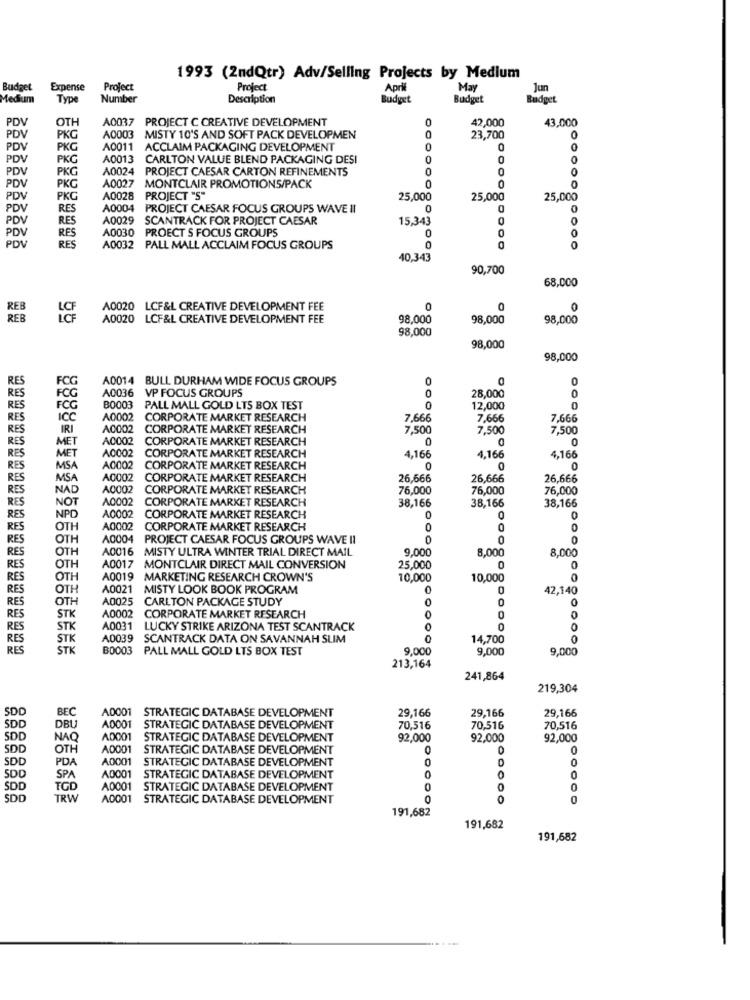
1993 (2ndQtr) Adv/Selling Projects by Medium
Budget
Expense
Project
Project
April
May
Jun
Medium
Type
Number
Description
Budget
Budget
Budget
PDV
OTH
A0037 PROJECT C CREATIVE DEVELOPMENT
0
42,000
43,000
PDI
0
PKG
A0003 MISTY 10'S AND SOFT PACK DEVELOPMEN
23,700
PDV
PKG
A0011 ACCLAIM PACKAGING DEVELOPMENT
0
PD
PKG
A0013
CARLTON VALUE BLEND PACKAGING DESI
0
PD
PKG
A0024
PROJECT CAESAR CARTON REFINEMENTS
0
0
0
0
PD
PKG
A0027
MONTCLAIR PROMOTIONS/PACK
PDV
PKG
A0028
PROJECT "S"
25,000
25,000
25,000
PDV
RES
A0004
PROJECT CAESAR FOCUS GROUPS WAVE II
PDV
RES
A0029 SCANTRACK FOR PROJECT CAESAR
15,343
PDV
A0030 PROECT S FOCUS GROUPS
0
0
PDV
RES
RES
A0032 PALL MALL ACCLAIM FOCUS GROUPS
0
40,343
90,700
68,000
A0020 LCF&L CREATIVE DEVELOPMENT FEE
0
0
0
REB
A0020 LCF&L CREATIVE DEVELOPMENT FEE
98,000
98,000
98,000
98,000
98,000
98,000
RES
A0014 BULL DURHAM WIDE FOCUS GROUPS
0
A0036 VP FOCUS GROUPS
0
RES
28,000
0
RES
FCG
B0003 PALL MALL GOLD LTS BOX TEST
0
12,000
0
RES
ICC
A0002
CORPORATE MARKET RESEARCH
7.666
7,666
7,666
RES
IRI
A0002
CORPORATE MARKET RESEARCH
7,500
7,500
7,500
MET
A0002
CORPORATE MARKET RESEARCH
0
RES
MET
A0002
RES
CORPORATE MARKET RESEARCH
4,166
4,166
4,166
RES
MSA
A0002
CORPORATE MARKET RESEARCH
0
0
RES
MSA
A0002
CORPORATE MARKET RESEARCH
26,666
26,666
26,666
RES
NAD
A0002
CORPORATE MARKET RESEARCH
76,000
76,000
76,000
RES
NOT
A0002
CORPORATE MARKET RESEARCH
NPD
38,166
38,166
38,166
RES
A0002
CORPORATE MARKET RESEARCH
0
0
0
RES
OTH
A0002
CORPORATE MARKET RESEARCH
0
0
0
RES
OTH
A0004
PROJECT CAESAR FOCUS GROUPS WAVE II
0
RES
OTH
A0016 MISTY ULTRA WINTER TRIAL DIRECT MAIL
9.000
8.000
8,000
OTH
RES
A0017 MONTCLAIR DIRECT MAIL CONVERSION
25,000
RES
OTH
A0019 MARKETING RESEARCH CROWN'S
10,000
10,000
0
RES
OTH
A0021 MISTY LOOK BOOK PROGRAM
42,140
RES
OTH
A0025 CARLTON PACKAGE STUDY
0
0
STK
RES
A0002 CORPORATE MARKET RESEARCH
0
0
RES
STK
A0031 LUCKY STRIKE ARIZONA TEST SCANTRACK
0
0
RES
STK
A0039 SCANTRACK DATA ON SAVANNAH SLIM
14,700
0
RES
STK
B0003 PALL MALL GOLD LTS BOX TEST
9,000
9,000
9,000
213,164
241,864
219,304
SDD
BEC
29,166
A0001 STRATEGIC DATABASE DEVELOPMENT
29,166
29,166
SDD
DBU
A0001
STRATEGIC DATABASE DEVELOPMENT
70,516
70,516
70,516
SDC
NAO
A0001
STRATEGIC DATABASE DEVELOPMENT
92,000
92,000
92,000
SDC
OTH
A0001
STRATEGIC DATABASE DEVELOPMENT
0
SDD
PDA
A0001
STRATEGIC DATABASE DEVELOPMENT
0
0
0
SDD
SPA
A0001
STRATEGIC DATABASE DEVELOPMENT
0
SDD
TGL
A0001 STRATEGIC DATABASE DEVELOPMENT
0
SDC
TRW
A0001 STRATEGIC DATABASE DEVELOPMENT
0
0
0
191,682
191,682
191,682